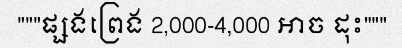
"""ផ្សងព្រេង 2,000-4,000 អាច ដុះ"""